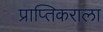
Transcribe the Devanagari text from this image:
प्राप्‍तिकराला